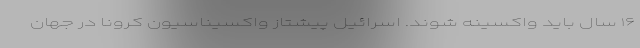
۱۶ سال باید واکسینه شوند. اسرائیل پیشتاز واکسیناسیون کرونا در جهان